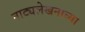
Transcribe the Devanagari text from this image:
नाट्यलेखनाच्या